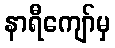
နာရီကျော်မှ